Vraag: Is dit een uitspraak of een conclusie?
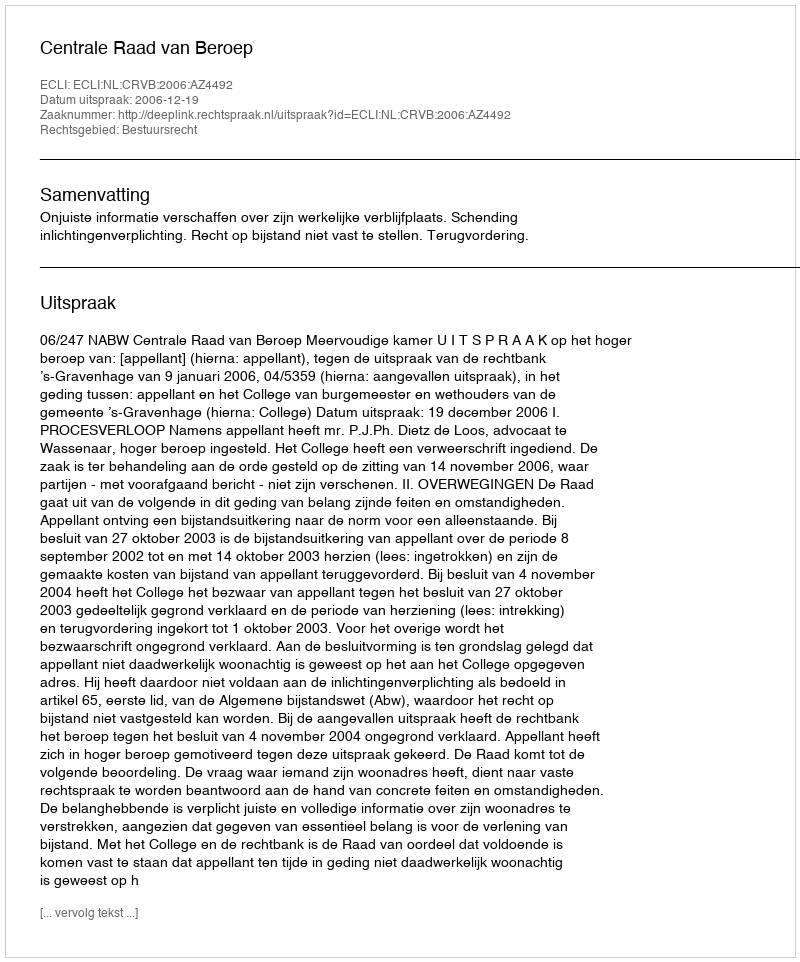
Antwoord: Uitspraak